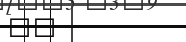
١٤